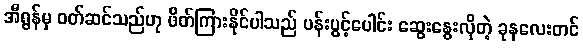
အီရွန်မှ ဝတ်ဆင်သည်ဟု ဖိတ်ကြားနိုင်ပါသည် ပန်းပွင့်ပေါင်း ဆွေးနွေးလိုတဲ့ ခုနလေးတင်